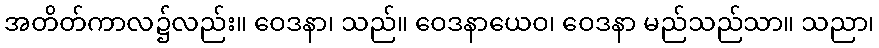
အတိတ်ကာလ၌လည်း။ ဝေဒနာ၊ သည်။ ဝေဒနာယေဝ၊ ဝေဒနာ မည်သည်သာ။ သညာ၊